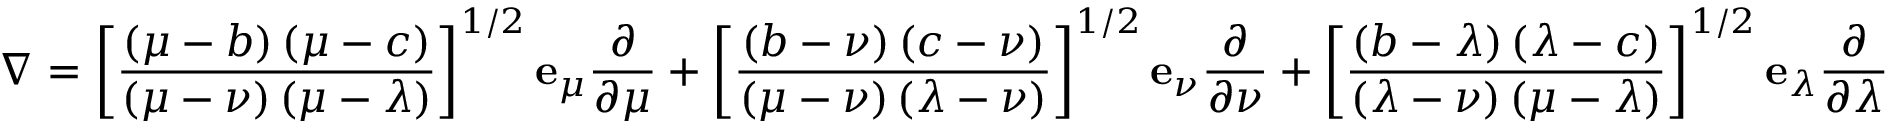
\nabla = \left[ { \frac { \left( \mu - b \right) \left( \mu - c \right) } { \left( \mu - \nu \right) \left( \mu - \lambda \right) } } \right] ^ { 1 / 2 } \mathbf { e } _ { \mu } { \frac { \partial } { \partial \mu } } + \left[ { \frac { \left( b - \nu \right) \left( c - \nu \right) } { \left( \mu - \nu \right) \left( \lambda - \nu \right) } } \right] ^ { 1 / 2 } \mathbf { e } _ { \nu } { \frac { \partial } { \partial \nu } } + \left[ { \frac { \left( b - \lambda \right) \left( \lambda - c \right) } { \left( \lambda - \nu \right) \left( \mu - \lambda \right) } } \right] ^ { 1 / 2 } \mathbf { e } _ { \lambda } { \frac { \partial } { \partial \lambda } }